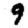
Digit: 9